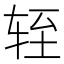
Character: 轾